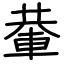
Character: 輂